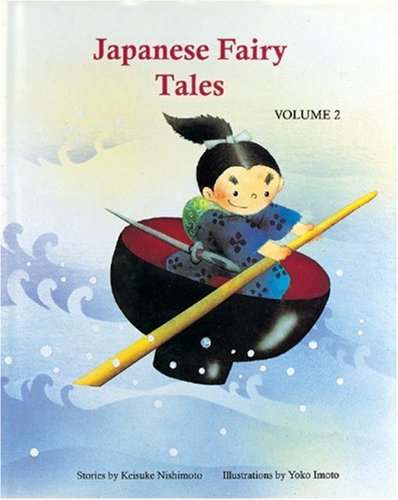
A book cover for Japanese Fairy Tales Vol. 2 (Japanese Fairy Tales (Numbered)); Keisuke Nishimoto; Children's Books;